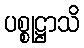
ပစ္စုဋ္ဌာသိ